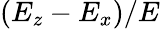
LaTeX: (E_{z}-E_{x})/E